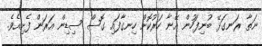
ނަތާ ރަނގަޅޭ ބުނިފަހުން އޭނާ ހަރުކޮށް ހިނގާފައި ގޮސް ސިޑިން އަރަން ފެށިއެވެ.